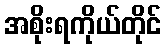
အစိုးရကိုယ်တိုင်